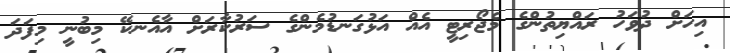
އިހަށް ދުވަހު ރައްޔިތުންގެ މެޖޯރިޓީ އެއް އަޅުގަނޑުމެންގެ ސަރުކާރަށް އާއެނކޭ މިބުނީ މިފަދަ